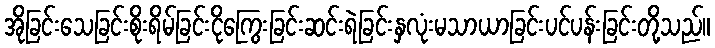
အိုခြင်းသေခြင်းစိုးရိမ်ခြင်းငိုကြွေးခြင်းဆင်းရဲခြင်းနှလုံးမသာယာခြင်းပင်ပန်းခြင်းတို့သည်။